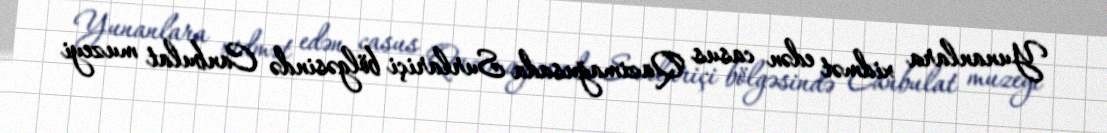
Yunanlara xidmət edən casus Qazimağusada Surlariçi bölgəsində Canbulat muzeyi